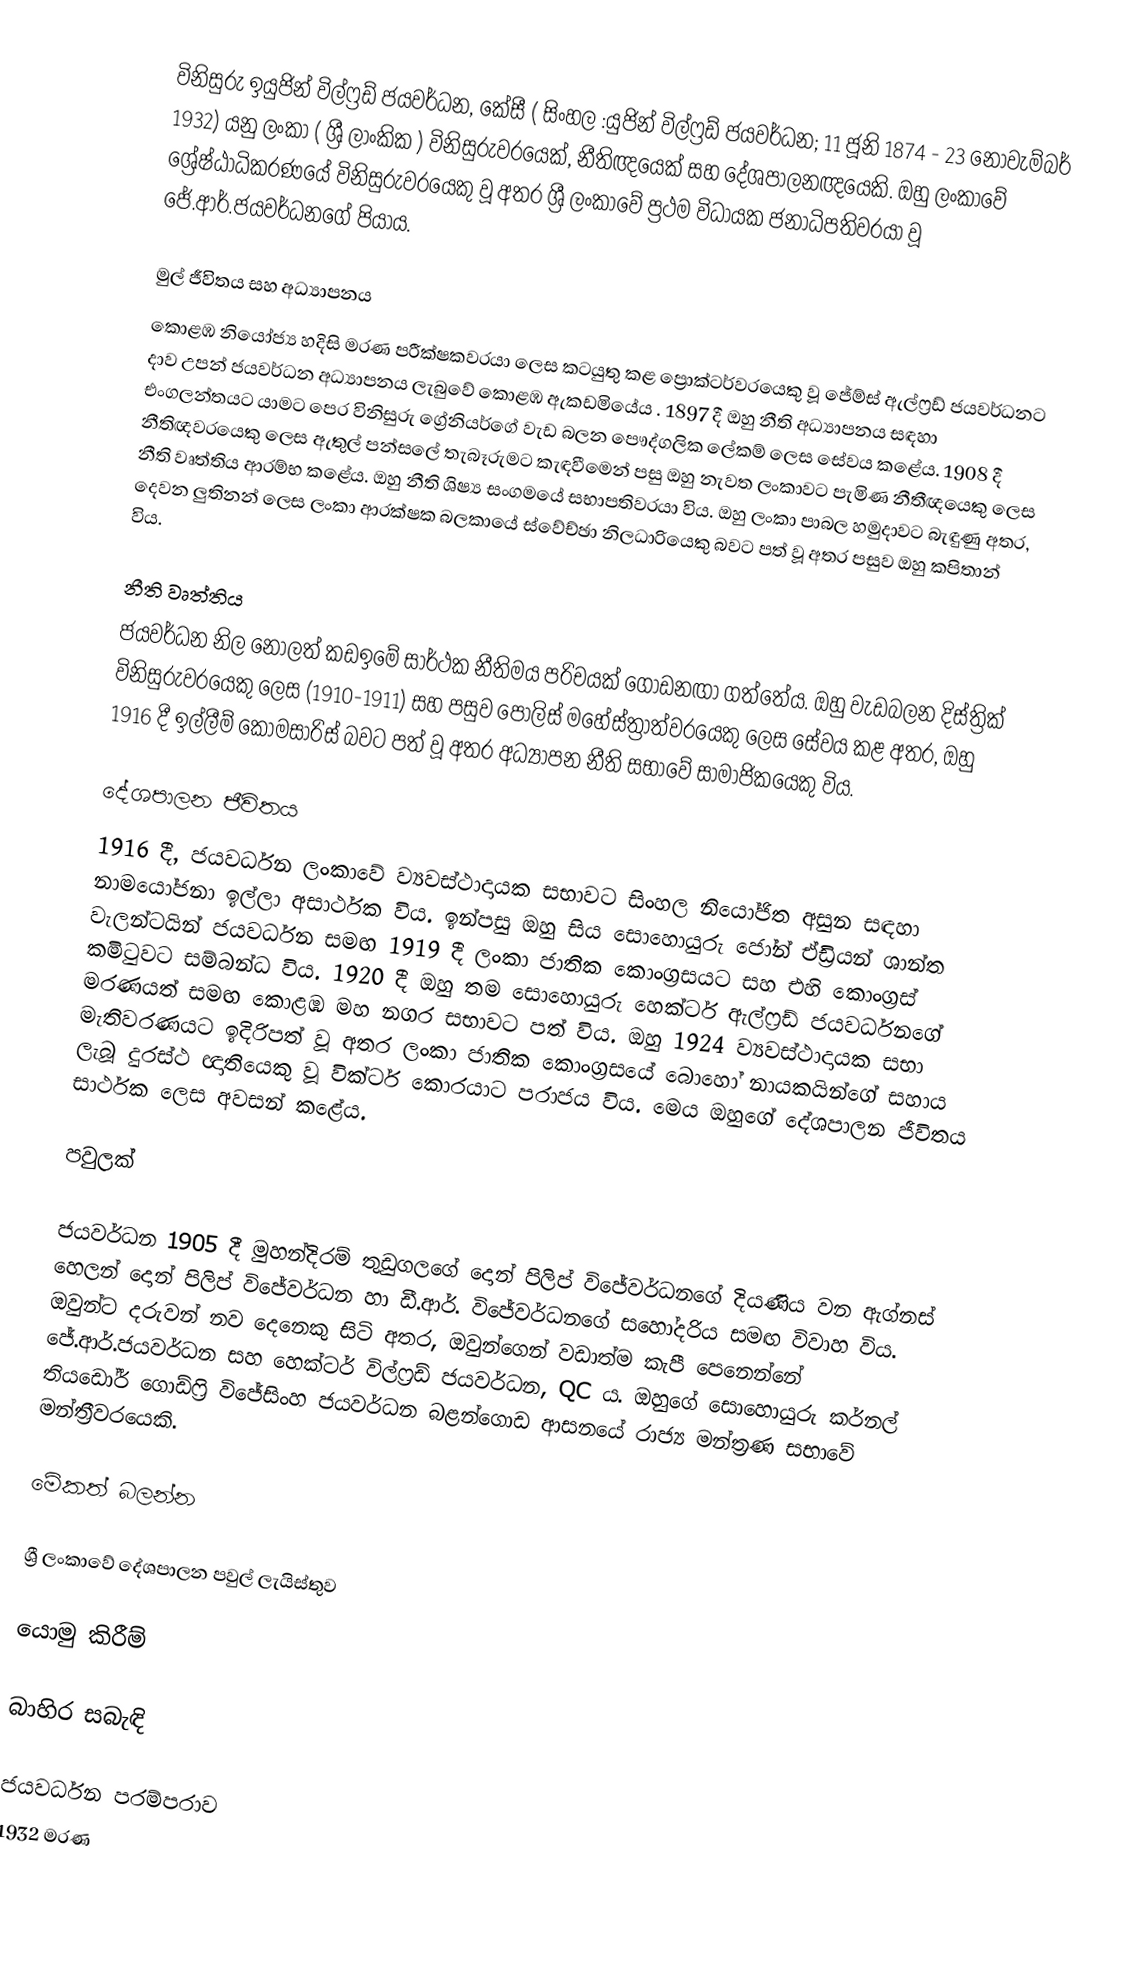
විනිසුරු ඉයුජින් විල්ෆ්‍රඩ් ජයවර්ධන, කේසී ( සිංහල :යුජින් විල්ෆ්‍රඩ් ජයවර්ධන; 11 ජූනි 1874 - 23 නොවැම්බර් 1932) යනු ලංකා ( ශ්‍රී ලාංකික ) විනිසුරුවරයෙක්, නීතිඥයෙක් සහ දේශපාලනඥයෙකි. ඔහු ලංකාවේ ශ්‍රේෂ්ඨාධිකරණයේ විනිසුරුවරයෙකු වූ අතර ශ්‍රී ලංකාවේ ප්‍රථම විධායක ජනාධිපතිවරයා වූ ජේ.ආර්.ජයවර්ධනගේ පියාය.

මුල් ජීවිතය සහ අධ්‍යාපනය
කොළඹ නියෝජ්‍ය හදිසි මරණ පරීක්ෂකවරයා ලෙස කටයුතු කළ ප්‍රොක්ටර්වරයෙකු වූ ජේම්ස් ඇල්ෆ්‍රඩ් ජයවර්ධනට දාව උපන් ජයවර්ධන අධ්‍යාපනය ලැබුවේ කොළඹ ඇකඩමියේය . 1897 දී ඔහු නීති අධ්‍යාපනය සඳහා එංගලන්තයට යාමට පෙර විනිසුරු ග්‍රේනියර්ගේ වැඩ බලන පෞද්ගලික ලේකම් ලෙස සේවය කළේය. 1908 දී නීතිඥවරයෙකු ලෙස ඇතුල් පන්සලේ තැබෑරුමට කැඳවීමෙන් පසු ඔහු නැවත ලංකාවට පැමිණ නීතීඥයෙකු ලෙස නීති වෘත්තිය ආරම්භ කළේය. ඔහු නීති ශිෂ්‍ය සංගමයේ සභාපතිවරයා විය. ඔහු ලංකා පාබල හමුදාවට බැඳුණු අතර, දෙවන ලුතිනන් ලෙස ලංකා ආරක්ෂක බලකායේ ස්වේච්ඡා නිලධාරියෙකු බවට පත් වූ අතර පසුව ඔහු කපිතාන් විය.

නීති වෘත්තිය
ජයවර්ධන නිල නොලත් කඩඉමේ සාර්ථක නීතිමය පරිචයක් ගොඩනඟා ගත්තේය. ඔහු වැඩබලන දිස්ත්‍රික් විනිසුරුවරයෙකු ලෙස (1910-1911) සහ පසුව පොලිස් මහේස්ත්‍රාත්වරයෙකු ලෙස සේවය කළ අතර, ඔහු 1916 දී ඉල්ලීම් කොමසාරිස් බවට පත් වූ අතර අධ්‍යාපන නීති සභාවේ සාමාජිකයෙකු විය.

දේශපාලන ජීවිතය
1916 දී, ජයවර්ධන ලංකාවේ ව්‍යවස්ථාදායක සභාවට සිංහල නියෝජිත අසුන සඳහා නාමයෝජනා ඉල්ලා අසාර්ථක විය. ඉන්පසු ඔහු සිය සොහොයුරු ජෝන් ඒඩ්‍රියන් ශාන්ත වැලන්ටයින් ජයවර්ධන සමඟ 1919 දී ලංකා ජාතික කොංග්‍රසයට සහ එහි කොංග්‍රස් කමිටුවට සම්බන්ධ විය. 1920 දී ඔහු තම සොහොයුරු හෙක්ටර් ඇල්ෆ්‍රඩ් ජයවර්ධනගේ මරණයත් සමඟ කොළඹ මහ නගර සභාවට පත් විය. ඔහු 1924 ව්‍යවස්ථාදායක සභා මැතිවරණයට ඉදිරිපත් වූ අතර ලංකා ජාතික කොංග්‍රසයේ බොහෝ නායකයින්ගේ සහාය ලැබූ දුරස්ථ ඥාතියෙකු වූ වික්ටර් කොරයාට පරාජය විය. මෙය ඔහුගේ දේශපාලන ජීවිතය සාර්ථක ලෙස අවසන් කළේය.

පවුලක්

ජයවර්ධන 1905 දී මුහන්දිරම් තුඩුගලගේ දොන් පිලිප් විජේවර්ධනගේ දියණිය වන ඇග්නස් හෙලන් දොන් පිලිප් විජේවර්ධන හා ඩී.ආර්. විජේවර්ධනගේ සහෝදරිය සමඟ විවාහ විය. ඔවුන්ට දරුවන් නව දෙනෙකු සිටි අතර, ඔවුන්ගෙන් වඩාත්ම කැපී පෙනෙන්නේ ජේ.ආර්.ජයවර්ධන සහ හෙක්ටර් විල්ෆ්‍රඩ් ජයවර්ධන, QC ය. ඔහුගේ සොහොයුරු කර්නල් තියඩෝර් ගොඩ්ෆ්‍රි විජේසිංහ ජයවර්ධන බළන්ගොඩ ආසනයේ රාජ්‍ය මන්ත්‍රණ සභාවේ මන්ත්‍රීවරයෙකි.

මේකත් බලන්න

 ශ්‍රී ලංකාවේ දේශපාලන පවුල් ලැයිස්තුව

යොමු කිරීම්

බාහිර සබැඳි

 ජයවර්ධන පරම්පරාව
1932 මරණ